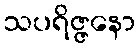
သပရိဇ္ဇနော